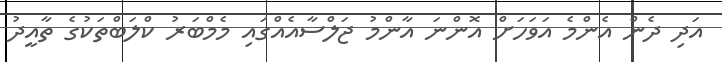
އަދި ދެން އެންމެ އަވަހަށް އޮންނަ އާންމު ޖަލްސާއެއްގައި މެމްބަރު ކްލަބްތަކުގެ ތާއީދު